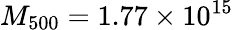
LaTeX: M_{500}=1.77\times 10^{15}